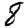
Digit: 8